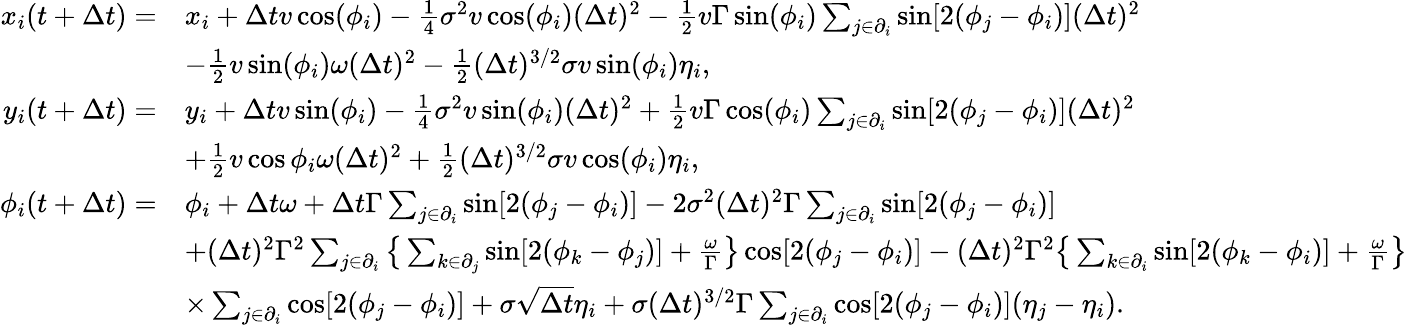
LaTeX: \begin{array}{rl}{x_{i}(t+\Delta t)=}&{x_{i}+\Delta tv\cos(\phi_{i})-\frac{1}{4}\sigma^{2}v\cos(\phi_{i})(\Delta t)^{2}-\frac{1}{2}v\Gamma\sin(\phi_{i})\sum_{j\in\partial_{i}}\sin[2(\phi_{j}-\phi_{i})](\Delta t)^{2}}\\ &{-\frac{1}{2}v\sin(\phi_{i})\omega(\Delta t)^{2}-\frac{1}{2}(\Delta t)^{3/2}\sigma v\sin(\phi_{i})\eta_{i},}\\ {y_{i}(t+\Delta t)=}&{y_{i}+\Delta tv\sin(\phi_{i})-\frac{1}{4}\sigma^{2}v\sin(\phi_{i})(\Delta t)^{2}+\frac{1}{2}v\Gamma\cos(\phi_{i})\sum_{j\in\partial_{i}}\sin[2(\phi_{j}-\phi_{i})](\Delta t)^{2}}\\ &{+\frac{1}{2}v\cos{\phi_{i}}\omega(\Delta t)^{2}+\frac{1}{2}(\Delta t)^{3/2}\sigma v\cos(\phi_{i})\eta_{i},}\\ {\phi_{i}(t+\Delta t)=}&{\phi_{i}+\Delta t\omega+\Delta t\Gamma\sum_{j\in\partial_{i}}\sin[2(\phi_{j}-\phi_{i})]-2\sigma^{2}(\Delta t)^{2}\Gamma\sum_{j\in\partial_{i}}\sin[2(\phi_{j}-\phi_{i})]}\\ &{+(\Delta t)^{2}\Gamma^{2}\sum_{j\in\partial_{i}}\big\{ \sum_{k\in\partial_{j}}\sin[2(\phi_{k}-\phi_{j})]+\frac{\omega}{\Gamma}\big\} \cos[2(\phi_{j}-\phi_{i})]-(\Delta t)^{2}\Gamma^{2}\big\{ \sum_{k\in\partial_{i}}\sin[2(\phi_{k}-\phi_{i})]+\frac{\omega}{\Gamma}\big\} }\\ &{\times\sum_{j\in\partial_{i}}\cos[2(\phi_{j}-\phi_{i})]+\sigma\sqrt{\Delta t}\eta_{i}+\sigma(\Delta t)^{3/2}\Gamma\sum_{j\in\partial_{i}}\cos[2(\phi_{j}-\phi_{i})](\eta_{j}-\eta_{i}).}\end{array}